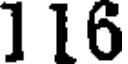
116